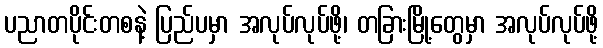
ပညာတပိုင်းတစနဲ့ ပြည်ပမှာ အလုပ်လုပ်ဖို့၊ တခြားမြို့တွေမှာ အလုပ်လုပ်ဖို့